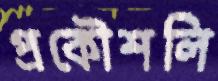
প্রকৌশলি